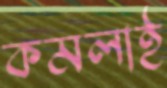
কমলাই